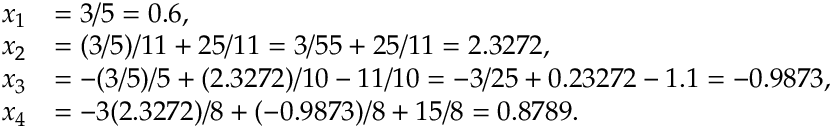
{ \begin{array} { r l } { x _ { 1 } } & { = 3 / 5 = 0 . 6 , } \\ { x _ { 2 } } & { = ( 3 / 5 ) / 1 1 + 2 5 / 1 1 = 3 / 5 5 + 2 5 / 1 1 = 2 . 3 2 7 2 , } \\ { x _ { 3 } } & { = - ( 3 / 5 ) / 5 + ( 2 . 3 2 7 2 ) / 1 0 - 1 1 / 1 0 = - 3 / 2 5 + 0 . 2 3 2 7 2 - 1 . 1 = - 0 . 9 8 7 3 , } \\ { x _ { 4 } } & { = - 3 ( 2 . 3 2 7 2 ) / 8 + ( - 0 . 9 8 7 3 ) / 8 + 1 5 / 8 = 0 . 8 7 8 9 . } \end{array} }